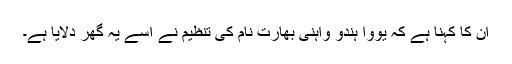
ان کا کہنا ہے کہ یووا ہندو واہنی بھارت نام کی تنظیم نے اسے یہ گھر دلایا ہے۔